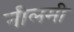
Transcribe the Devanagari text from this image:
नीलमी